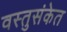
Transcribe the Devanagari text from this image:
वस्तुसंकेत